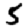
Digit: 5